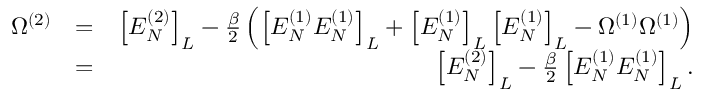
\begin{array} { r l r } { \Omega ^ { ( 2 ) } } & { = } & { \left[ E _ { N } ^ { ( 2 ) } \right] _ { L } - \frac { \beta } { 2 } \left( \left[ { E _ { N } ^ { ( 1 ) } E _ { N } ^ { ( 1 ) } } \right] _ { L } + \left[ E _ { N } ^ { ( 1 ) } \right] _ { L } \left[ E _ { N } ^ { ( 1 ) } \right] _ { L } - \Omega ^ { ( 1 ) } \Omega ^ { ( 1 ) } \right) } \\ & { = } & { \left[ E _ { N } ^ { ( 2 ) } \right] _ { L } - \frac { \beta } { 2 } \left[ { E _ { N } ^ { ( 1 ) } E _ { N } ^ { ( 1 ) } } \right] _ { L } . } \end{array}